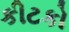
કીટકો